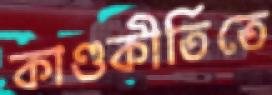
কাণ্ডকীর্তিতে